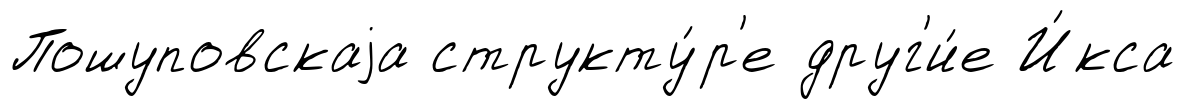
Пошуповскаjа структу́р'е друг'и́е И́кса